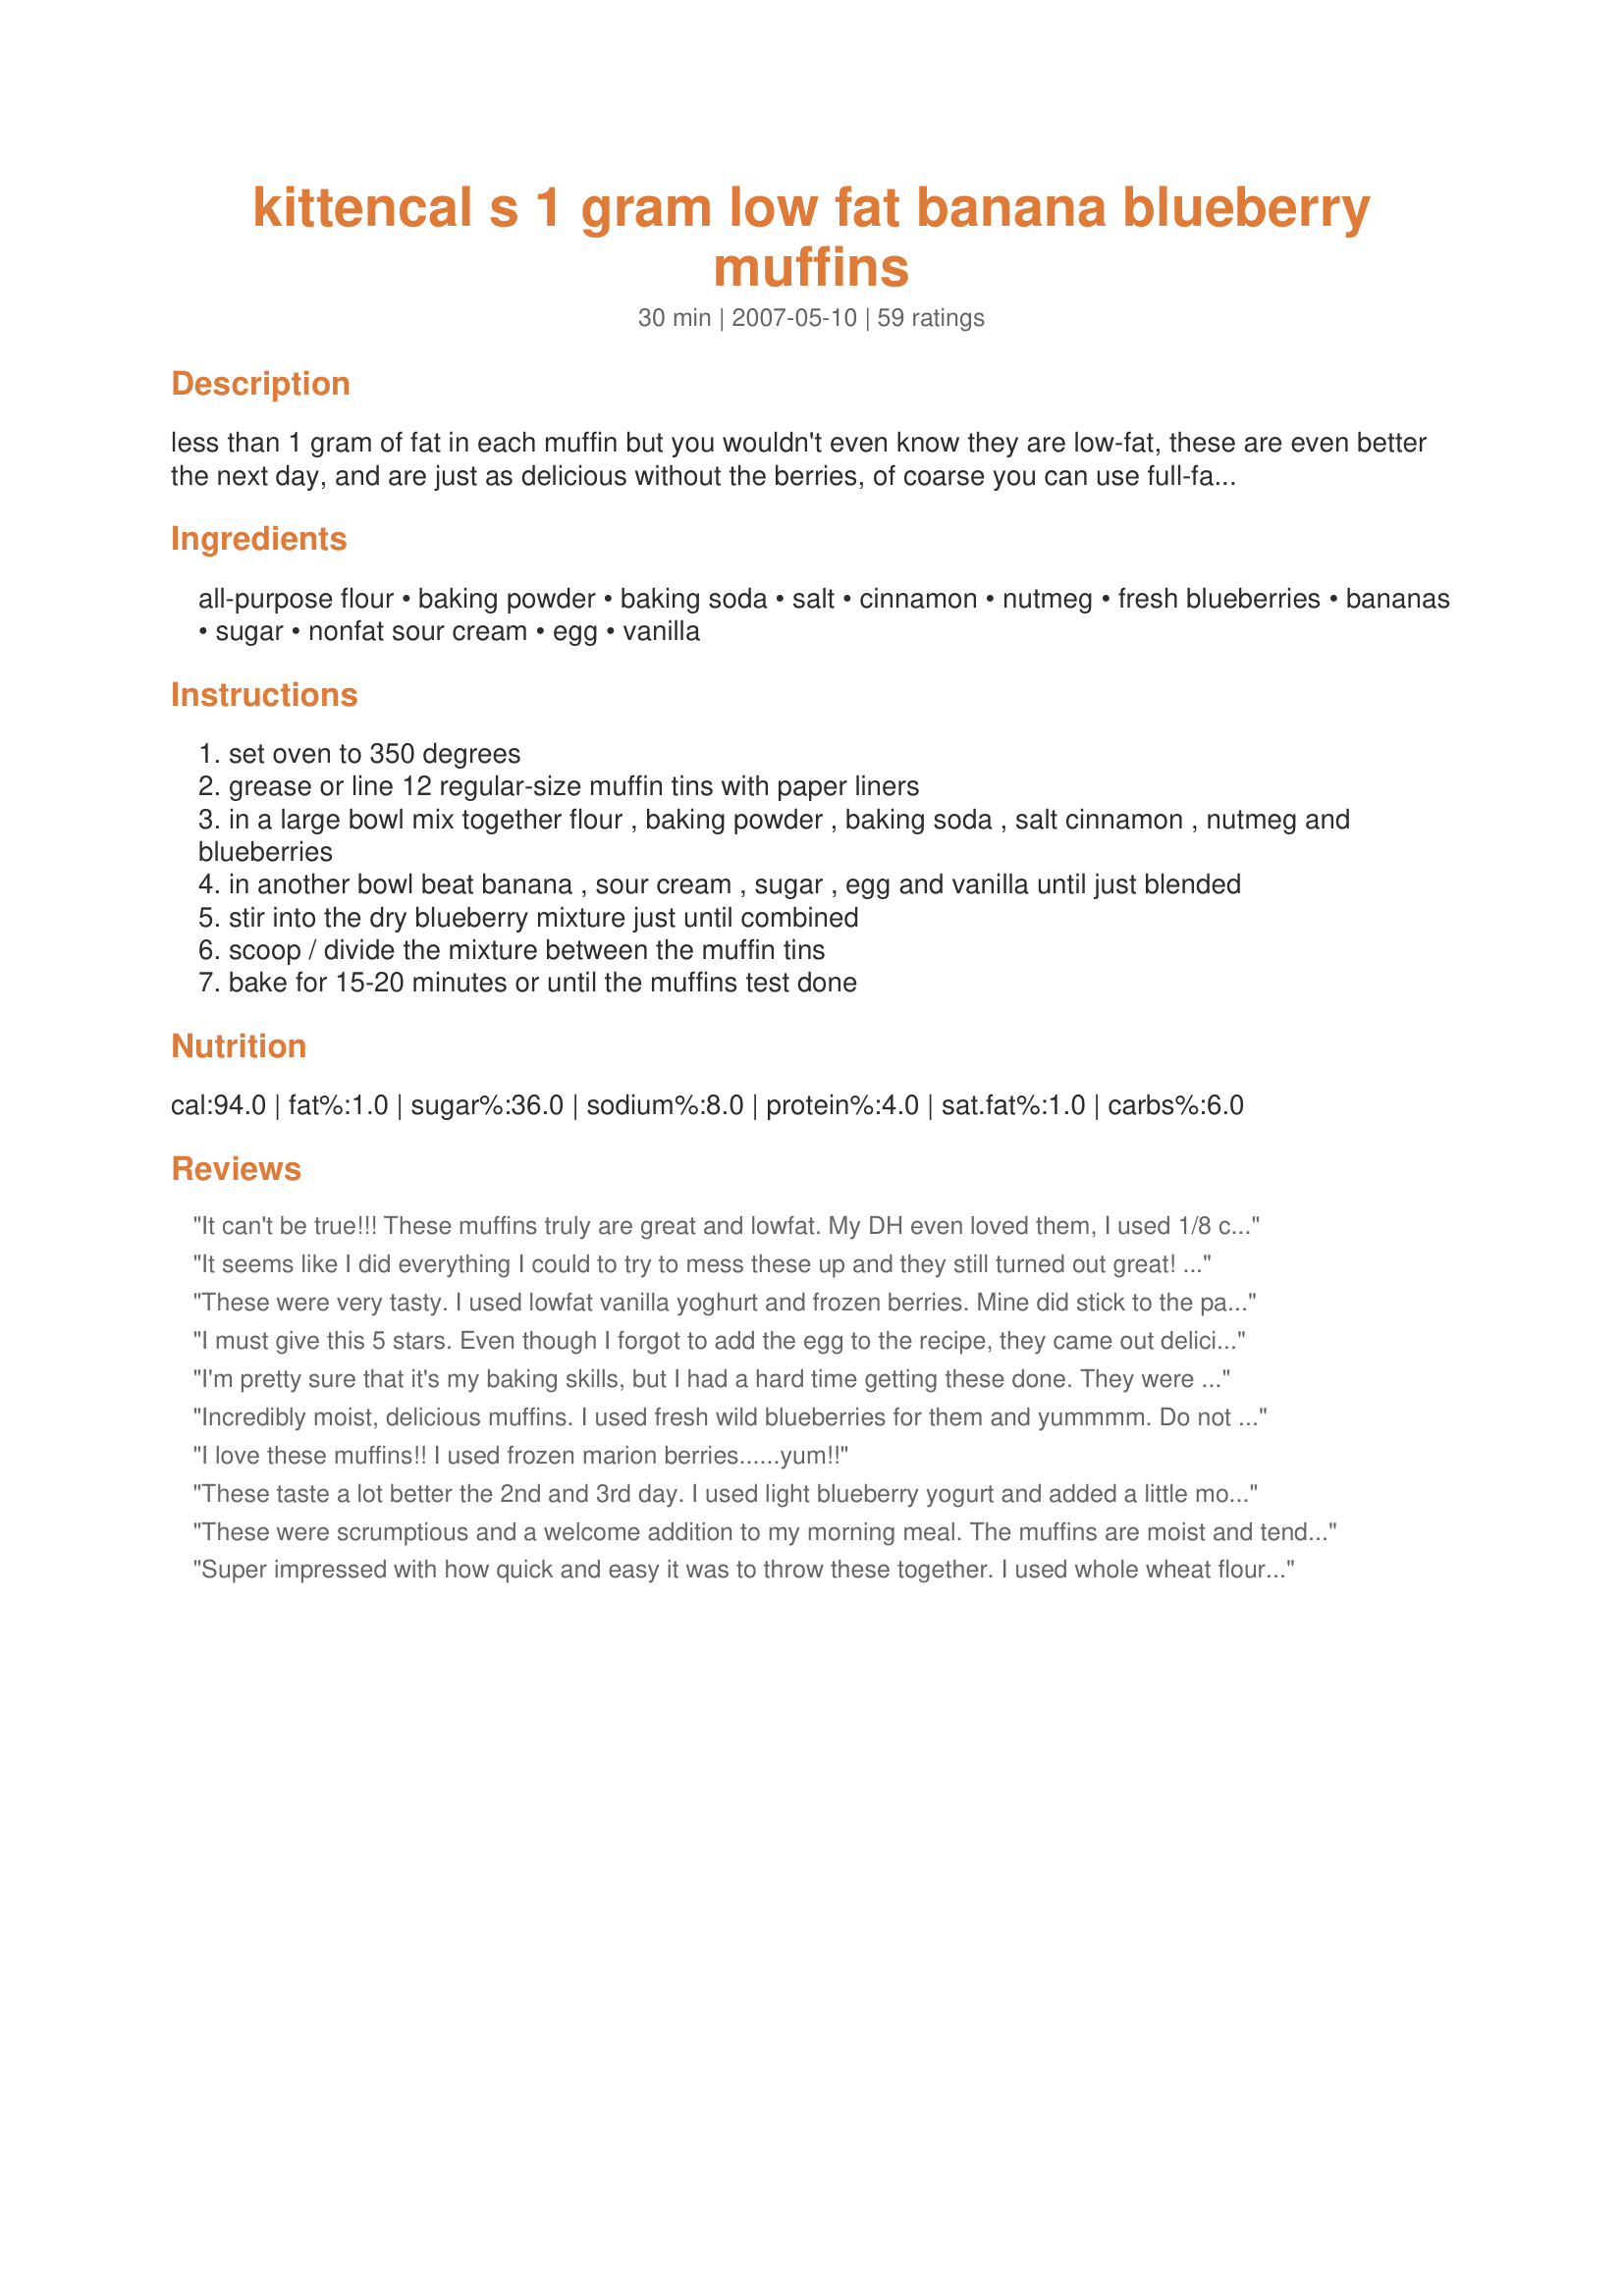
kittencal s 1 gram low fat banana blueberry muffins
Preparation time: 30 minutes

less than 1 gram of fat in each muffin but you wouldn't even know they are low-fat, these are even better the next day, and are just as delicious without the berries, of coarse you can use full-fat sour cream or yogurt, flavored yogurts only add to the taste of these muffins, i like to sprinkle a sugar/cinnamon mixture on top of each muffin before baking but that is optional, see note on bottom for doubling the recipe. for greasing see recipe#78579 --- visit www.kittencalskitchen.com for more low fat recipes!

Ingredients:
all-purpose flour, baking powder, baking soda, salt, cinnamon, nutmeg, fresh blueberries, bananas, sugar, nonfat sour cream, egg, vanilla

Steps:
set oven to 350 degrees
grease or line 12 regular-size muffin tins with paper liners
in a large bowl mix together flour , baking powder , baking soda , salt cinnamon , nutmeg and blueberries
in another bowl beat banana , sour cream , sugar , egg and vanilla until just blended
stir into the dry blueberry mixture just until combined
scoop / divide the mixture between the muffin tins
bake for 15-20 minutes or until the muffins test done

Reviews:
It can't be true!!! These muffins truly are great and lowfat. My DH even loved them, I used 1/8 c lowfat sour cream and 1/8 c light n' fit vanilla yogurt, 1/8 tsp nutmeg and 2 med bananas!
It seems like I did everything I could to try to mess these up and they still turned out great! I had mixed everything together when I realized I forgot the vanilla and had to add it in (which probably caused me to overmix the batter). And then I had the muffins in the oven before I realized I forgot to add the yogurt I was going to add! Nonetheless, these were so moist and delicious! I used Splenda, frozen blueberries and did add the nutmeg. I cut the recipe in half and used two bananas (I didn't measure the amount, I just threw them in there). I've tried several banana blueberry muffin recipes using Splenda and none of them seem to have a good flavor with the Splenda, but this one definitely does! I also like the little kick the nutmeg adds - great job Kittencal!
These were very tasty. I used lowfat vanilla yoghurt and frozen berries. Mine did stick to the paper liners a bit, possibly due to the berries? Next time i will just grease the muffin tray and cook them that way. Thanx for another great recipe
I must give this 5 stars. Even though I forgot to add the egg to the recipe, they came out delicious! Thank you for sharing!!
I'm pretty sure that it's my baking skills, but I had a hard time getting these done. They were in the oven for 30 minutes and still fall apart when I take off the muffin paper. They taste great, but I think they might be TOO moist. Again, I'm not sure if it's the recipe or me, but I will definitely give this recipe another shot.
Incredibly moist, delicious muffins. I used fresh wild blueberries for them and yummmm. Do not taste low fat at all!
I love these muffins!! I used frozen marion berries......yum!!
These taste a lot better the 2nd and 3rd day. I used light blueberry yogurt and added a little more than 1/3 cup sugar. They have a different texture than most muffins but they are still really good, especially since they are low in fat! Thank you for posting this healthier version!
These were scrumptious and a welcome addition to my morning meal. The muffins are moist and tender and bursting with fruit flavor. Noticed that other reviewers felt they were too moist and dispensed with the liner choosing to lightly spray the muffin pans instead. I think this made a real difference in the result as the crisping of the edges allowed some of the moisture to wick out. Thanks Kitz.
Super impressed with how quick and easy it was to throw these together. I used whole wheat flour for half (1/2 c.) and added a handful of shredded sweetened coconut to add more texture. I also used fat-free vanilla yogurt in place of sour cream and it was so hard to keep from checking the oven every few minutes to see if they were done. The house smelled heavenly! Will definitely make again and use different fruit combos - a great, low-fat & very tasty recipe!
REALLY yummy! I made this with my children and a child that does home preschool with us.
I used frozen blueberries and 2 medium-sized ripe bananas along with whole wheat flour. This recipe is a keeper! I'm freezing what's left for a quick breakfast any day! :) Thanks so much!!
Out of the oven and in my mouth 15 seconds later. These are phenomenal. I couldn't find my 1/3 cup scoop so I just used a 1/2 cup of sugar instead. Also, I didn't measure the bananas, and just mashed up 2 medium sized. These are great! Thanks
Great recipe! Easy, delicious, and healthy!!
I thought this was a pretty good recipe, but it tasted alot like banana bread, i didn't really taste the bluberries. My family didn't like them much at all.
These are delicious! I didn't overmix them, so they came out ridiculously airy and fluffy! I do think they need more sugar, though. They weren't sweet enough, but that can easily be adjusted!
This was soft and was really delicious.
And, very simple to make and even easier to eat!

Low-fat, soft, moistened, and am very delicious!
I will make these often.
Next time, I intend to add the orange peel which I chopped finely to this.
Thank you for posting.
These were great! I used blackberries instead of blueberries, and I was out of white sugar, so used brown sugar. Used nonfat vanilla yogurt instead of the sour cream. Very tasty!
WOW! DH really liked these over the regular blueberry muffins I made. I was totally suprised and very excited to use up the over-ripe bananas I had thrown in my freezer. Thanks!
These are amazing! Everyone loved these, will make again! Thanks so much for the recipe!
Whoa. WHOA! I am beside myself! Kitten these muffins are amazing. I did make a few changes to lower the calories, using egg substitute, and stevia instead of sugar. I used 2 medium bananas, and whole wheat flour. I made 8 large muffins, 20 minutes at 350. Delicious, thank you so much!
I like this recipe. I have been on a mission to bake with yogurt instead of butter, and this was a great recipe for that. I used half whole wheat and half white flour. I did add a little more sugar since I didn't use banana. I mixed wet and dry separate and folded blueberries into final mixture. Did not use nutmeg.. Muffins baked well. I'll make this again! Thanks
Just tried this. I used one banana and mulberries and light sour cream. I also added 2 oz of buttermilk as the batter was too dry for me. I sprinkled the tops with brown sugar before baking. Baked for 20m in a convection oven. Probably not low fat now but they are tasty.
For low fat these are great! I shouldn't have been concerned. Another great recipe from Kitten. I made as directed with low fat sour cream and they came out perfect at 15 minutes. Thanks for another great recipe.
Yummy! I made these with brown sugar, Easy yo yogurt and frozen berries. I added the cinnamon but left out the nutmeg (as I didn't have any on hand). Very moist. Great recipe for the whole family. Took these to work to share with Weight Watching co-workers as well as to a play-date and they were very well received.
Thanks for sharing this great recipe!
I had really high expectations about this recipe because its from Kittencal, but i was disappointed. I dont know what i did wrong. I got six big muffins that were not risen at all, they were brown on the ouside but kindof gooey in the middle. I baked them for about 40 minutes but they were still runny. When they cooled, they were gummy. All of the fruit was in the middle so it was like a gooey fruit filling. I used frozen blueberries and splenda. The flavour was good though.
These turned out very moist and full of flavor. I used half white sugar and half brown sugar. Also, I vouched to use the sour cream! I only wished I used walnuts!
These came out very good, no one suspected they were low in fat. They kept very moist, although that might be because I added a bit of applesauce in with the mashed banana.
Delicious! The only change I made was to use 1/2 whole wheat flour and 1/2 all-purpose flour. Very moist and yummy! Will freeze to eat for breakfast.
Amazing for a low fat muffin. I didn't use the nutmeg and used blueberry yougurt. My husband requested more as soon as they were finished. Thanks for a great, healthy recipe.
My new favorite blueberry muffin recipe, as it's healthy and not dense.
I used 2 C blueberries, as I only had 1 small banana, not enough for the true recipe. It worked great.

I also didn't use muffin cups, just baked them straight in the tins. They cooked the full 20 minutes.
Oh Wow! These are good. Great for a healthy muffin. I followed the recipe to a T except I used non fat yogurt instead of sour cream and frozen blue berries. The kids loved these. They were more dense than regular muffins, but definitely more moist and fruity. They're so healthy we could eat them for breakfast. I will be making these again. THANK YOU.
These were really good. I used all whole wheat flour, frozen blueberries, demerara sugar, vanilla soy yogurt, and omitted the nutmeg and vanilla (as it turned out that there wasn't any in the kitchen!). They came out great (besides some colour bleeding from the frozen blueberries, even though I mixed them in last) and taste delicious, especially for a low fat recipe! I will definitely make these again.

UPDATE: Just made these again, this time following the recipe much more closely - just made changes with plain fat-free yogurt, omitted nutmeg, and we had dried blueberries on hand. The dried fruit definitely added a lot more sweetness to the muffins, and they turned out wonderfully again. I got 16 smallish muffins, baked for 18 minutes.
I knew this would be good Kitten but the second time I made a few changes.I am on a 900 calorie low fat diet.I used 1/2 banana,1 egg white,sweetener and buttermilk.No sour cream,sugar or egg yolk.These are very goood and satisfied my taste for sweet.I put a spoon of promise on it while warm and devoured.lol I was surprised that they held together so well with no eggs.Thank you for another great recipe.Now can you figure out a low calorie shrimp gumbo for me??
Pulled these from the oven just a few minutes ago and can't stop eating them. Used fresh strawberries, nonfat strawberry yogurt and 2 mashed bananas...these muffins were so light and spongy. Got 25 mini muffins. Simply Delicious!!!
One of the best virtually fat free muffins I've made and I've tried a ton of them! Thanks Kittencal! I think I'll try to use fresh blueberries next time, as the frozen ones are so huge and get pretty wet. I used 1/2 c. ww flour and 1/2 c. regular flour. I sprinkled cinnamon/sugar on top. They baked for 20 minutes and that was perfect. Thanks!
Delicious AND healthy! I used a 4 oz. vanilla yogurt, and used only 1 teaspoon of vanilla. Next time I think I'll cut back or omit the nutmeg, because even though I loved it the kids didn't like that flavor. These were a GREAT breakfast and afternoon snack that we all enjoyed! Into the permanent folder! Thanks once again Kitten!
A great healthy muffin! I made six x-large muffins with this recipe. Next time I think I may try adding in some whole wheat flour also. My only wish is that this recipe made more!
These were super yummy! I will definitely be making them again. I think I might make some with chunks of apple instead of the blueberries next time.
Super delish! My kids and I loved them! This is definitely a keeper and I didn't have to feel guilty. I actually used whole wheat flour which made these even healthier and the kids didn't even notice, between the blueberries and the banana.
Terrific! I made 6 JUMBO ones and we loved them. I did not have any of the liners, but I used the special PAM for baking. I served them with sausage and egg and spinach quiche as a "breakfast for dinner" thing we like to do sometimes.
We LOVED these! Thanks, again, Kitten
These were just ok in book, but my Mom liked them quite a bit. I think I'd rather just have a banana muffin. Thanks though!
Wow these are good...and this is coming from a true muffin junkie :). I can see how there is lots of "play" room here, too, as far as different fruits and flavors of yogurt. I used the sour cream this time, though, and due to ridiculous prices on blueberries this week used frozen strawberries instead. Delicious! These are quite sweet from all the fruit, so I would not suggest adding any more sugar.
Thanks for posting!
Oh these are good! Used part whole-wheat flour and two bananas; I only had frozen raspberries and I worried they might make these too wet, so I used chopped pecans instead. Great muffin with that morning cup of coffee - can't wait to make these with the fresh blueberries! Thank you so much for the recipe!
What a great breakfast treat! And I love that it's guilt-free too :) These were a breeze to make and freeze well. The only thing I might change next time is to add more blueberries, I thought the bananas overpowered them at times. Thanks Kittencal for another delicious recipe!
One of my favorite ways to use up banannas. The are light and flavorful. They freeze very well. I use egg beaters, frozen blueberries (thawed), low-fat sour cream, and whole wheat white flour.
For low-fat muffins, these pack a lot of flavor. The only reason that they didn't get 5 stars is because the texture is a bit spongy. Still, they have a lot of flavor. I followed the recipe exactly using the nutmeg, but did use frozen blueberries added at the very last step, 3 bananas (not measured) and low-fat sour cream. I also sprayed the muffin tins instead of using paper liners.
Love these muffins!! They're so fruity and they let me feel like I'm eating something decadent but I get to still stay right on track with my diet. Thank you!!! *does a happy dance* Can't wait to try these with strawberry and banana as well.
These muffins are awesome! I followed the directions and they were soooo good. The second time I made them I didn't have blueberries so I put some frozen strawberries in them and they are just as good. You can use less sugar if you wish and put some applesauce in them (I think I'll try this next). I just love that I'm not putting a whole stick of butter in them like some other muffin recipes require. I will be making these muffins about every week and my boyfriend LOVES them and doesn't even know they are EXTREMELY LOW FAT! Couldn't be happier!!!
I really didn't like these all that much. I used frozen berries instead of fresh and left out the nutmeg. They were moist but I think they were too moist, almost wet. I didn't like the texture of the muffin. Also, they didn't rise much. This isn't a recipe I'll make again.
These are fantastic. Better than traditional muffins with butter, oil etc. Recipe made exactly 12 perfect sized muffins. I used 1/2 cup brown sugar, omitted the salt and threw in 1/2 cup of bran flakes. Awesome!!! Now I only make Kittencal&#039;s muffins. Thanks so much!! :)
I just made these last night, and they're all gone. No one seemed to realize they were my 'low cal/low fat' snack. I used plain yogurt, ww flour, 2 med bananas and the rest as written. Next time I may add some applesauce and cut down the sugar even more. I used the stand mixer so just started with the wet ingredients and then the dry, with berries in last. Really moist and tasty, you don't miss the oil. For me these made 12 small sized muffins...next time might make 6 large ones instead. Thanks...I have to go and make more!
These were great muffins! If you use fat-free egg substitute, you can eliminate the fat altogether! Unfortunately, the muffins didn't keep very long (there tops got sticky after about 5 days) But they were still devoured and enjoyed... next time we will just have to remember to eat these faster! (no problem there)
You did it again! Another great tasting recipe! I actually converted it into a banana-blueberry-strawberry muffin recipe, using fresh bananas and blueberries and frozen strawberries (I halved the blueberries and added half a cup of strawberries). I used MizzNezz's Crumb Topped Banana Muffins topping, which I had used successfully before. My wife found them a little too moist, probably because I used frozen strawberries, but still liked them. Thanks for another great recipe!

Saulo
Mmmm Mmmm Mmmm! I used 1/2 Ww flour and 1/2 white flour, fat-free plain yogurt, and no nutmeg and they turned out wonderful! Will be making them again and again.
Kittencal you ROCK! I needed a goodie for my sister-friends and this one is AWESOME! They will think I am a genius, and I'm not telling them any differently. Good and moist, they really don't need the mounds of butter I love to slather them with.
Thank you, and please send more tasty healthy nibbles.
Delicious! Such an easy recipe to whip up and a great way to put those ripe bananas to good use. Lovely!
Husband really liked these. I used blueberry yogurt instead of sour cream and I also added a little extra sugar. Husband would like pecans in it next time. Very light but not bland.
Just made these and they are great! Used blueberry fat free yogurt in place of the sour cream in one batch, the next batch made with the sour cream, nixed the blueberries and used craisins. Haven't decided which is better! This is one recipe that we will be using over and over for its deliciousness and versatility!
I'm not going to rate these because the thing I didn't like was possibly my fault. I followed the recipe with two exceptions, 1. I used a pinch of orange zest in place of nutmeg. 2. I increased the blueberries by 1/2 cup. What was wrong was that they were too heavy and hardly rose. Because I'm not a baker, I did check the powder and soda I used. I didn't think the extra berries (all fresh, washed, and dried) would affect it......but.....
Since I'm not rating I'm posting to help others. Kittencal is tops in the kitchen, so I'm sure I need a baking lesson!
